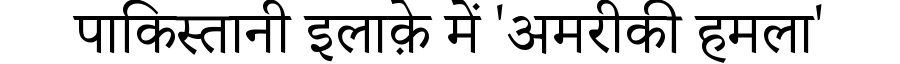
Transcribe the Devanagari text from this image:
पाकिस्तानी इलाक़े में 'अमरीकी हमला'